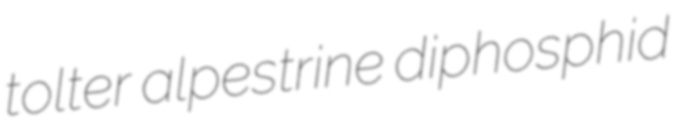
tolter alpestrine diphosphid